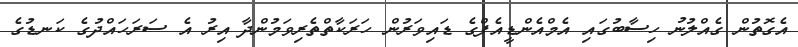
އެގޮތުން ގެއްލުނު ހިސާބުގައި އެމްއެންޑީއެފްގެ ޑައިވަރުން ހަރަކާތްތެރިވަމުންދާ އިރު އެ ސަރަހައްދުގެ ކަނޑުގެ